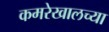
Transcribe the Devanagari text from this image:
कमरेखालच्या